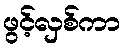
ဖွင့်လှစ်ကာ